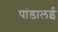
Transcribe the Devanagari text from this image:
पांडालई